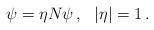
LaTeX: \begin{align*}\psi = \eta N \psi \, , \ \ |\eta| = 1 \, .\end{align*}